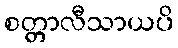
စတ္တာလီသာယပိ